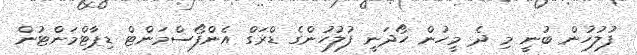
ފުލުހުން ބުނީ މި ދެ މީހުން ހޯދަނީ ފުލުހުންގެ ޑްރަގް އެންފޯސްމަންޓް ޑިޕާޓްމަންޓުން